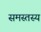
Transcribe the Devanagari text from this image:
समस्तस्य